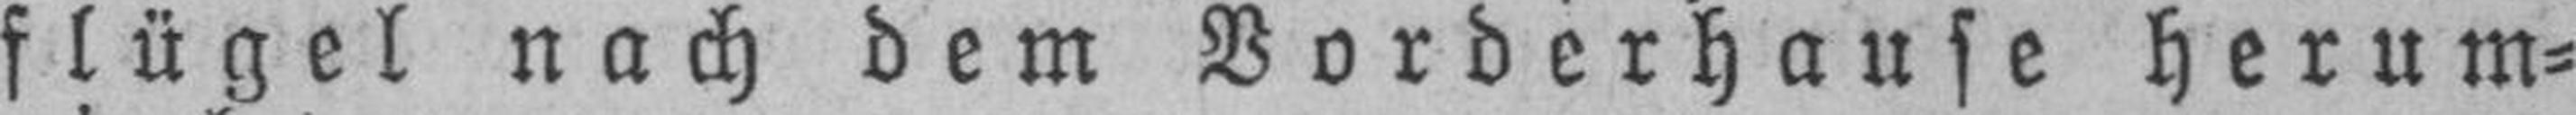
flügel nach dem Vorderhause herum¬